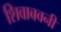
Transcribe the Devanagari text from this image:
शिवाबवनी